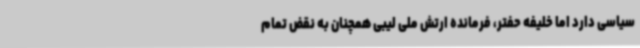
سیاسی دارد اما خلیفه حفتر، فرمانده ارتش ملی لیبی همچنان به نقض تمام